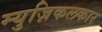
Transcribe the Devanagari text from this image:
म्युज़िकलकार